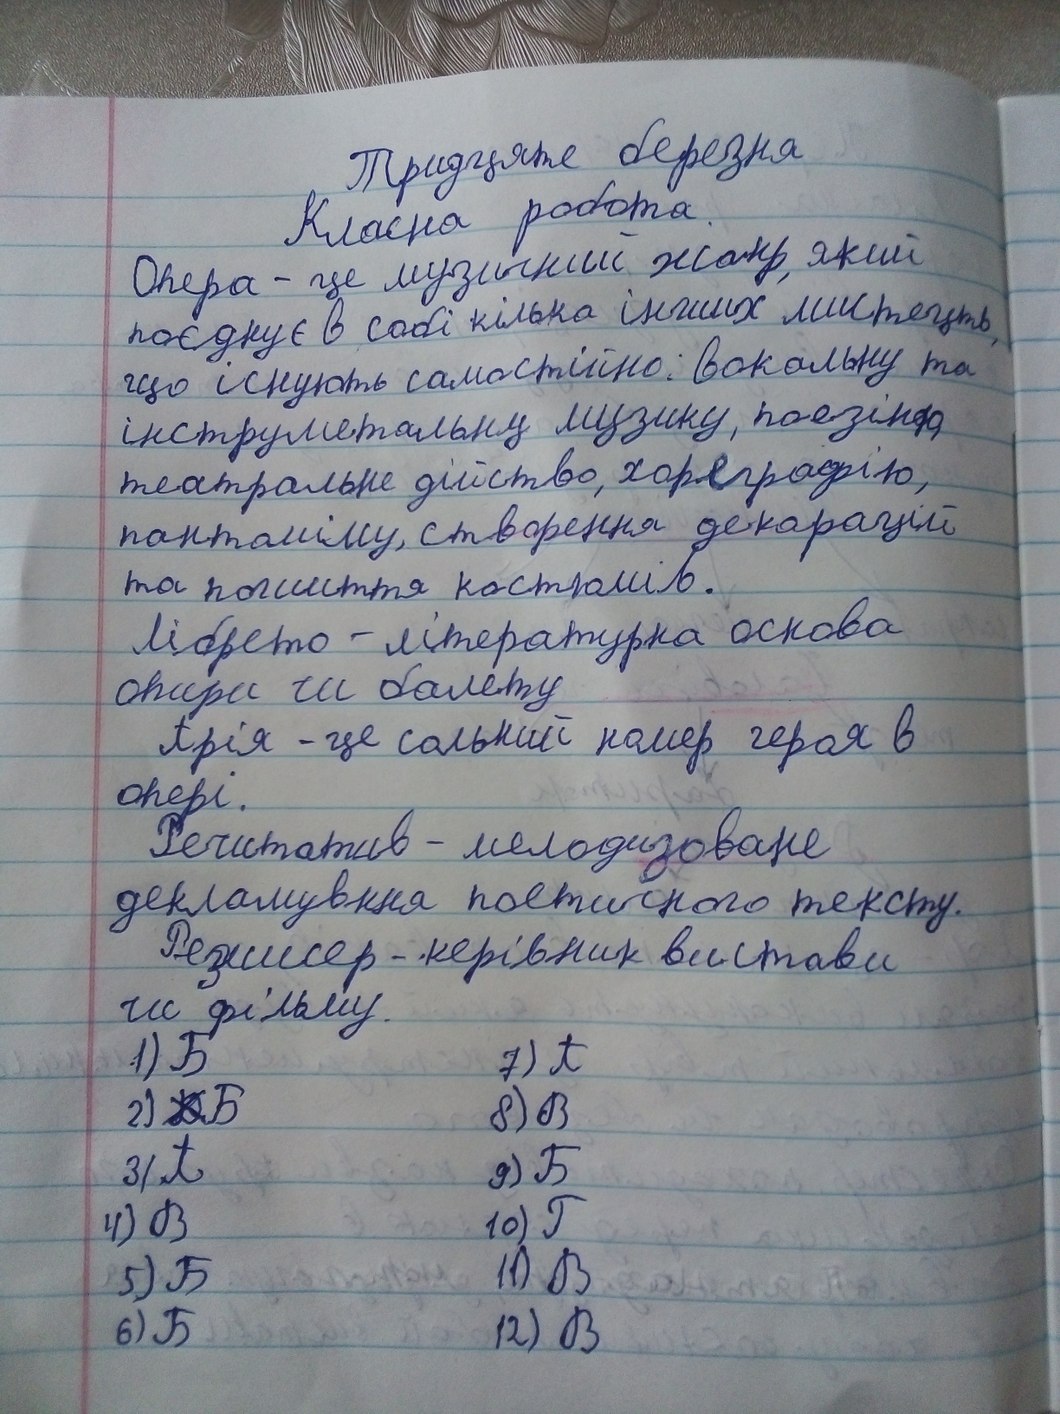
Тридцяте березня
Класна робота
Опера - це музичний жанр, який
поєднує в собі кілька інших мистецтв,
що існують самостійно: вокальну та
інструментальну музику, поезію,
театральне дійство, хореографію,
пантоміму, створення декорацій
та пошиття костюмів.
Лібрето - літературна основа
опери чи балету
Арія - це сольний номер героя в
опері.
Речитатив - мелодизоване
декламування поетичного тексту.
Режисер-керівник вистави
чи фільму.
7) А
1) Б
1) 5
8) В
2) Б
3) А
9) Б
10) Г
4) В
11) В
5) Б
12) В
6) Б